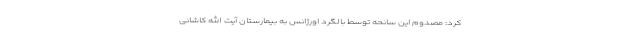
کرد: مصدوم این سانحه توسط بالگرد اورژانس به بیمارستان آیت الله کاشانی